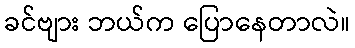
ခင်ဗျား ဘယ်က ပြောနေတာလဲ။